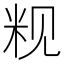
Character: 𬖑